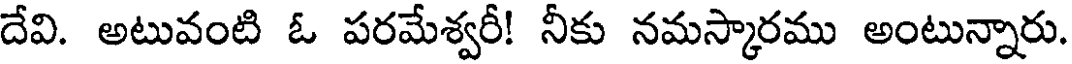
దేవి. అటువంటి ఓ పరమేశ్వరీ! నీకు నమస్కారము అంటున్నారు.